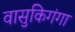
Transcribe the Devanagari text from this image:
वासुकिगंगा